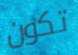
تكون